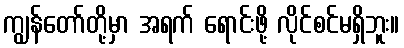
ကျွန်တော်တို့မှာ အရက် ရောင်းဖို့ လိုင်စင်မရှိဘူး။